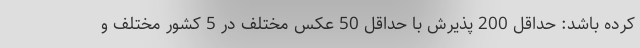
کرده باشد: حداقل 200 پذیرش با حداقل 50 عکس مختلف در 5 کشور مختلف و